Account of plague administration in the Bombay Presidency from September 1896 till May 1897
Year: 1896
Disease focus: Plague
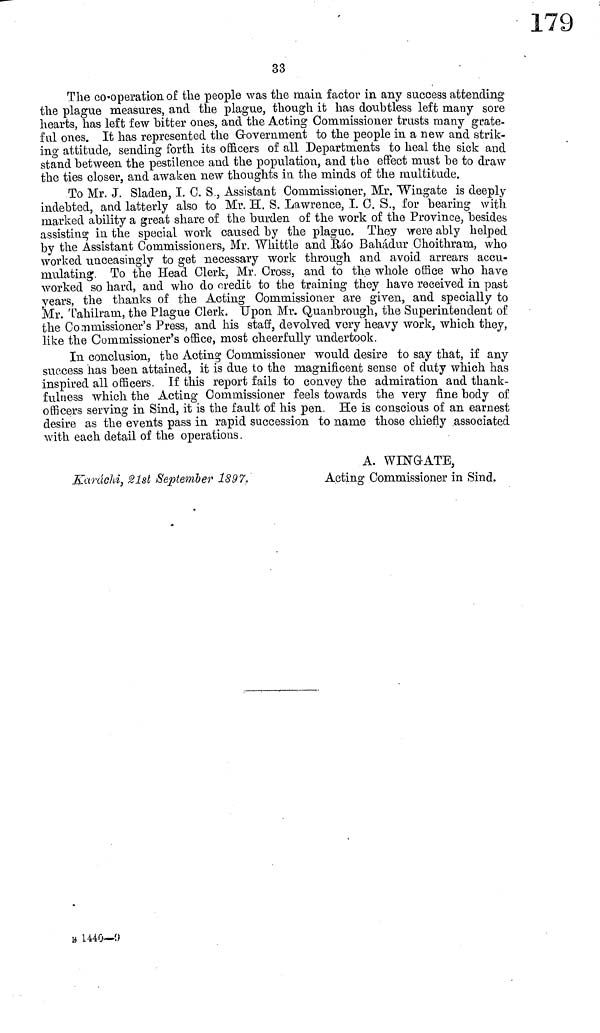
33
The co-operation of the people was the main factor in any success attending
the plague measures, and the plague, though it has doubtless left many sore
hearts, has left few hitter ones, and the Acting Commissioner trusts many grate-
ful ones. It has represented the Governrnent to the people in a new and strik-
ing attitude, sending forth its officers of all Departments to heal the sick and
stand between the pestilence and the population, and the effect must be to draw
the ties closer, and awaken new thoughts in the minds of the multitude.
To Mr. J. Sladen, I. C. S., Assistant Commissioner, Mr. "Wingate is deeply
indebted, and latterly also to Mr. H. S. Lawrence, I. C. S., for bearing with
marked ability a great share of the burden of the work of the Province, besides
assisting in the special work caused by the plague. They were ably helped
by the Assistant Commissioners, Mr. Whittle and Ráo Bahádur Choithram, who
worked unceasingly to get necessary work through and avoid arrears accu-
mulating. To the Head Clerk, Mr. Cross, and to the whole office who have
worked so hard, and who do credit to the training they have received in past
years, the thanks of the Acting Commissioner are given, and specially to
Mr. Tahilram, the Plague Clerk. Upon Mr. Quanbrough, the Superintendent of
the Commissioner's Press, and his staff, devolved very heavy work, which they,
like the Commissioner's office, most cheerfully undertook.
In conclusion, the Acting Commissioner would desire to say that, if any
success has been attained, it is due to the magnificent sense of duty which has
inspired all officers. If this report fails to convey the admiration and thank-
fulness which the Acting Commissioner feels towards the very fine body of
officers serving in Sind, it is the fault of his pen. He is conscious of an earnest
desire as the events pass in rapid succession to name those chiefly associated
with each detail of the operations.
Karáchi, 21st September 1897,
A. WINGATE,
Acting Commissioner in Sind.